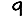
Digit: 9